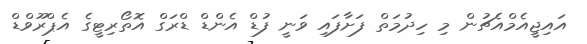
އައިޖީއެމްއެޗުން މި ހިދުމަތް ފަށާފައި ވަނީ ފުޑް އެންޑް ޑްރަގް އޮތޯރިޓީގެ އެޕްރޫވްޑް